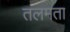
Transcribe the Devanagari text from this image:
तलमता